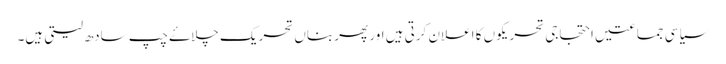
سیاسی جماعتیں احتجاجی تحریکوں کا اعلان کرتی ہیں اور پھر بناں تحریک چلاۓ چپ سادھ لیتی ہیں۔